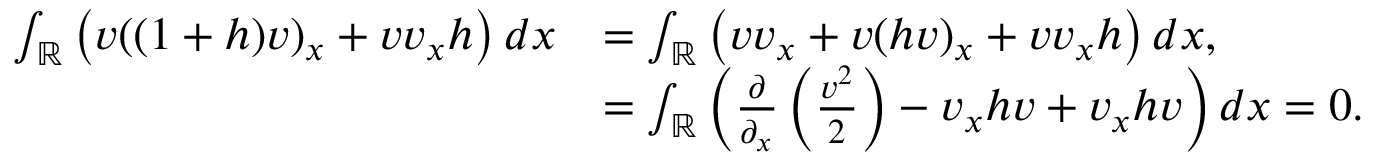
\begin{array} { r l } { \int _ { \mathbb R } \left( v ( ( 1 + h ) v ) _ { x } + v v _ { x } h \right) d x } & { = \int _ { \mathbb R } \left( v v _ { x } + v ( h v ) _ { x } + v v _ { x } h \right) d x , } \\ & { = \int _ { \mathbb R } \left( \frac { \partial } { \partial _ { x } } \left( \frac { v ^ { 2 } } { 2 } \right) - v _ { x } h v + v _ { x } h v \right) d x = 0 . } \end{array}